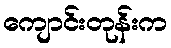
ကျောင်းတုန်းက